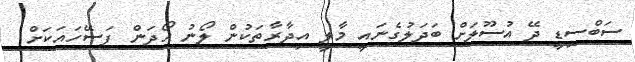
ސަބްސިޑީ ދޭ އުސޫލަށް ބަދަލުގެނައީ މާލީ އިދާރާތަކުން ލޯނު ހޯދަން ފަސޭހައަކަށް